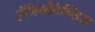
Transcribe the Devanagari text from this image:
एंजियोटेन्सिस